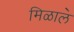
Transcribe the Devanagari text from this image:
मिळाल॓